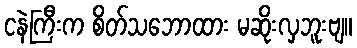
ငနဲကြီးက စိတ်သဘောထား မဆိုးလှဘူးဗျ။